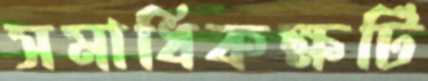
সমাধিকক্ষটি